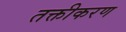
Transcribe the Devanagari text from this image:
तक्तीकरण